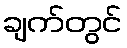
ချက်တွင်